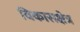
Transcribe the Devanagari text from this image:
विकासक्षेत्र